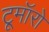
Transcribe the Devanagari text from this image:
टूमॉरो